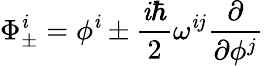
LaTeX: \Phi_{\pm}^{\mathit{i}}=\phi^{\mathit{i}}\pm\frac{{\mathit{i}\hbar}}{{2}}\omega^{\mathit{i}j}\frac{{\partial}}{{\partial\phi^{j}}}